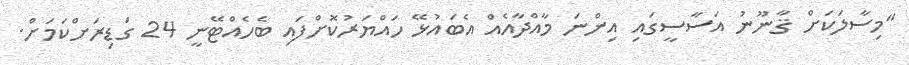
"މިސާލަކަށް ޤާނޫނު އަސާސީގައި އިންނަ މާއްދާއެއް އެބައުޅޭ ހައްޔަރުކޮށްފައި ބެހެއްޓޭނީ 24 ގަޑިރަށްކަމަށް.